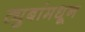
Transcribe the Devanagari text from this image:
ट्युबांमधून